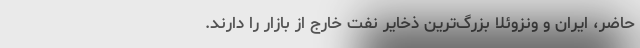
حاضر، ایران و ونزوئلا بزرگ‌ترین ذخایر نفت خارج از بازار را دارند.